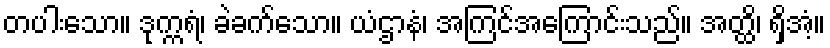
တပါးသော။ ဒုက္ကရံ၊ ခဲခက်သော။ ယံဌာနံ၊ အကြင်အကြောင်းသည်။ အတ္ထိ၊ ရှိအံ့။